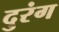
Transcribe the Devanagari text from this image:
दुरंग